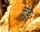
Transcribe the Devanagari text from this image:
दंड़